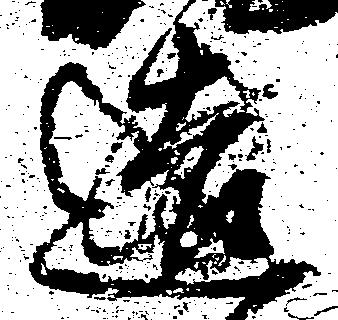
造